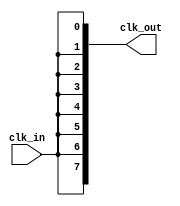
module HighFanoutClockBuffer #(
    parameter NUM_OUTPUTS = 8  // Configurable number of output clocks
)(
    input wire clk_in,             // Input clock signal
    output wire [NUM_OUTPUTS-1:0] clk_out  // Output clock signals
);

    // Internal signals for buffering
    wire clk_buf;

    // Buffering stage
    // Using a simple inverter-based buffer for illustration
    // In a real-world application, a more complex buffering strategy may be employed
    generate
        genvar i;
        for (i = 0; i < NUM_OUTPUTS; i = i + 1) begin : buffer_gen
            assign clk_out[i] = clk_buf;
        end
    endgenerate

    // Input stage: driving the buffered clock signal
    assign clk_buf = clk_in; // Buffering the input clock

endmodule